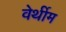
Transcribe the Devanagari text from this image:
वेर्थीम